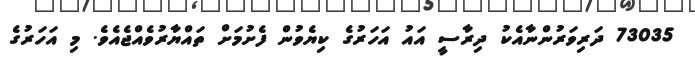
73035 ދަރިވަރުންނާއެކު ދިރާސީ އައު އަހަރުގެ ކިޔެވުން ފެށުމަށް ތައްޔާރުވެއްޖެެއެވެ. މި އަހަރުގެ